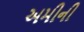
અમીની